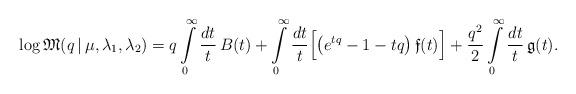
LaTeX: \begin{align*}\log\mathfrak{M}(q\,|\,\mu,\lambda_1,\lambda_2) =q\int\limits_0^\infty \frac{dt}{t} \,B(t) +\int\limits_0^\infty\frac{dt}{t} \Bigl[\bigl(e^{tq}-1-tq\bigr)\,\mathfrak{f}(t)\Bigr]+\frac{q^2}{2}\int\limits_0^\infty \frac{dt}{t} \,\mathfrak{g}(t).\end{align*}